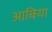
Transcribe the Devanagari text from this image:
आबिया